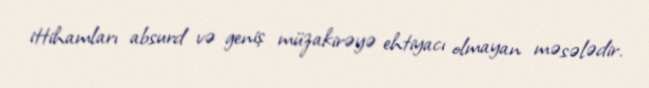
ittihamları absurd və geniş müzakirəyə ehtiyacı olmayan məsələdir.